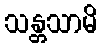
သန္တသာမိ